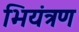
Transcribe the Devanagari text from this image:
भियंत्रण